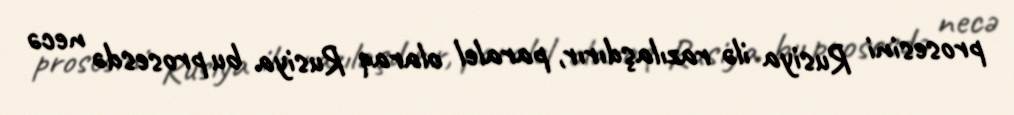
prosesini Rusiya ilə razılaşdırır, paralel olaraq Rusiya bu prosesdə necə